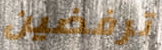
ترفضين